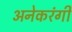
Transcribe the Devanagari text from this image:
अनेकरंगी